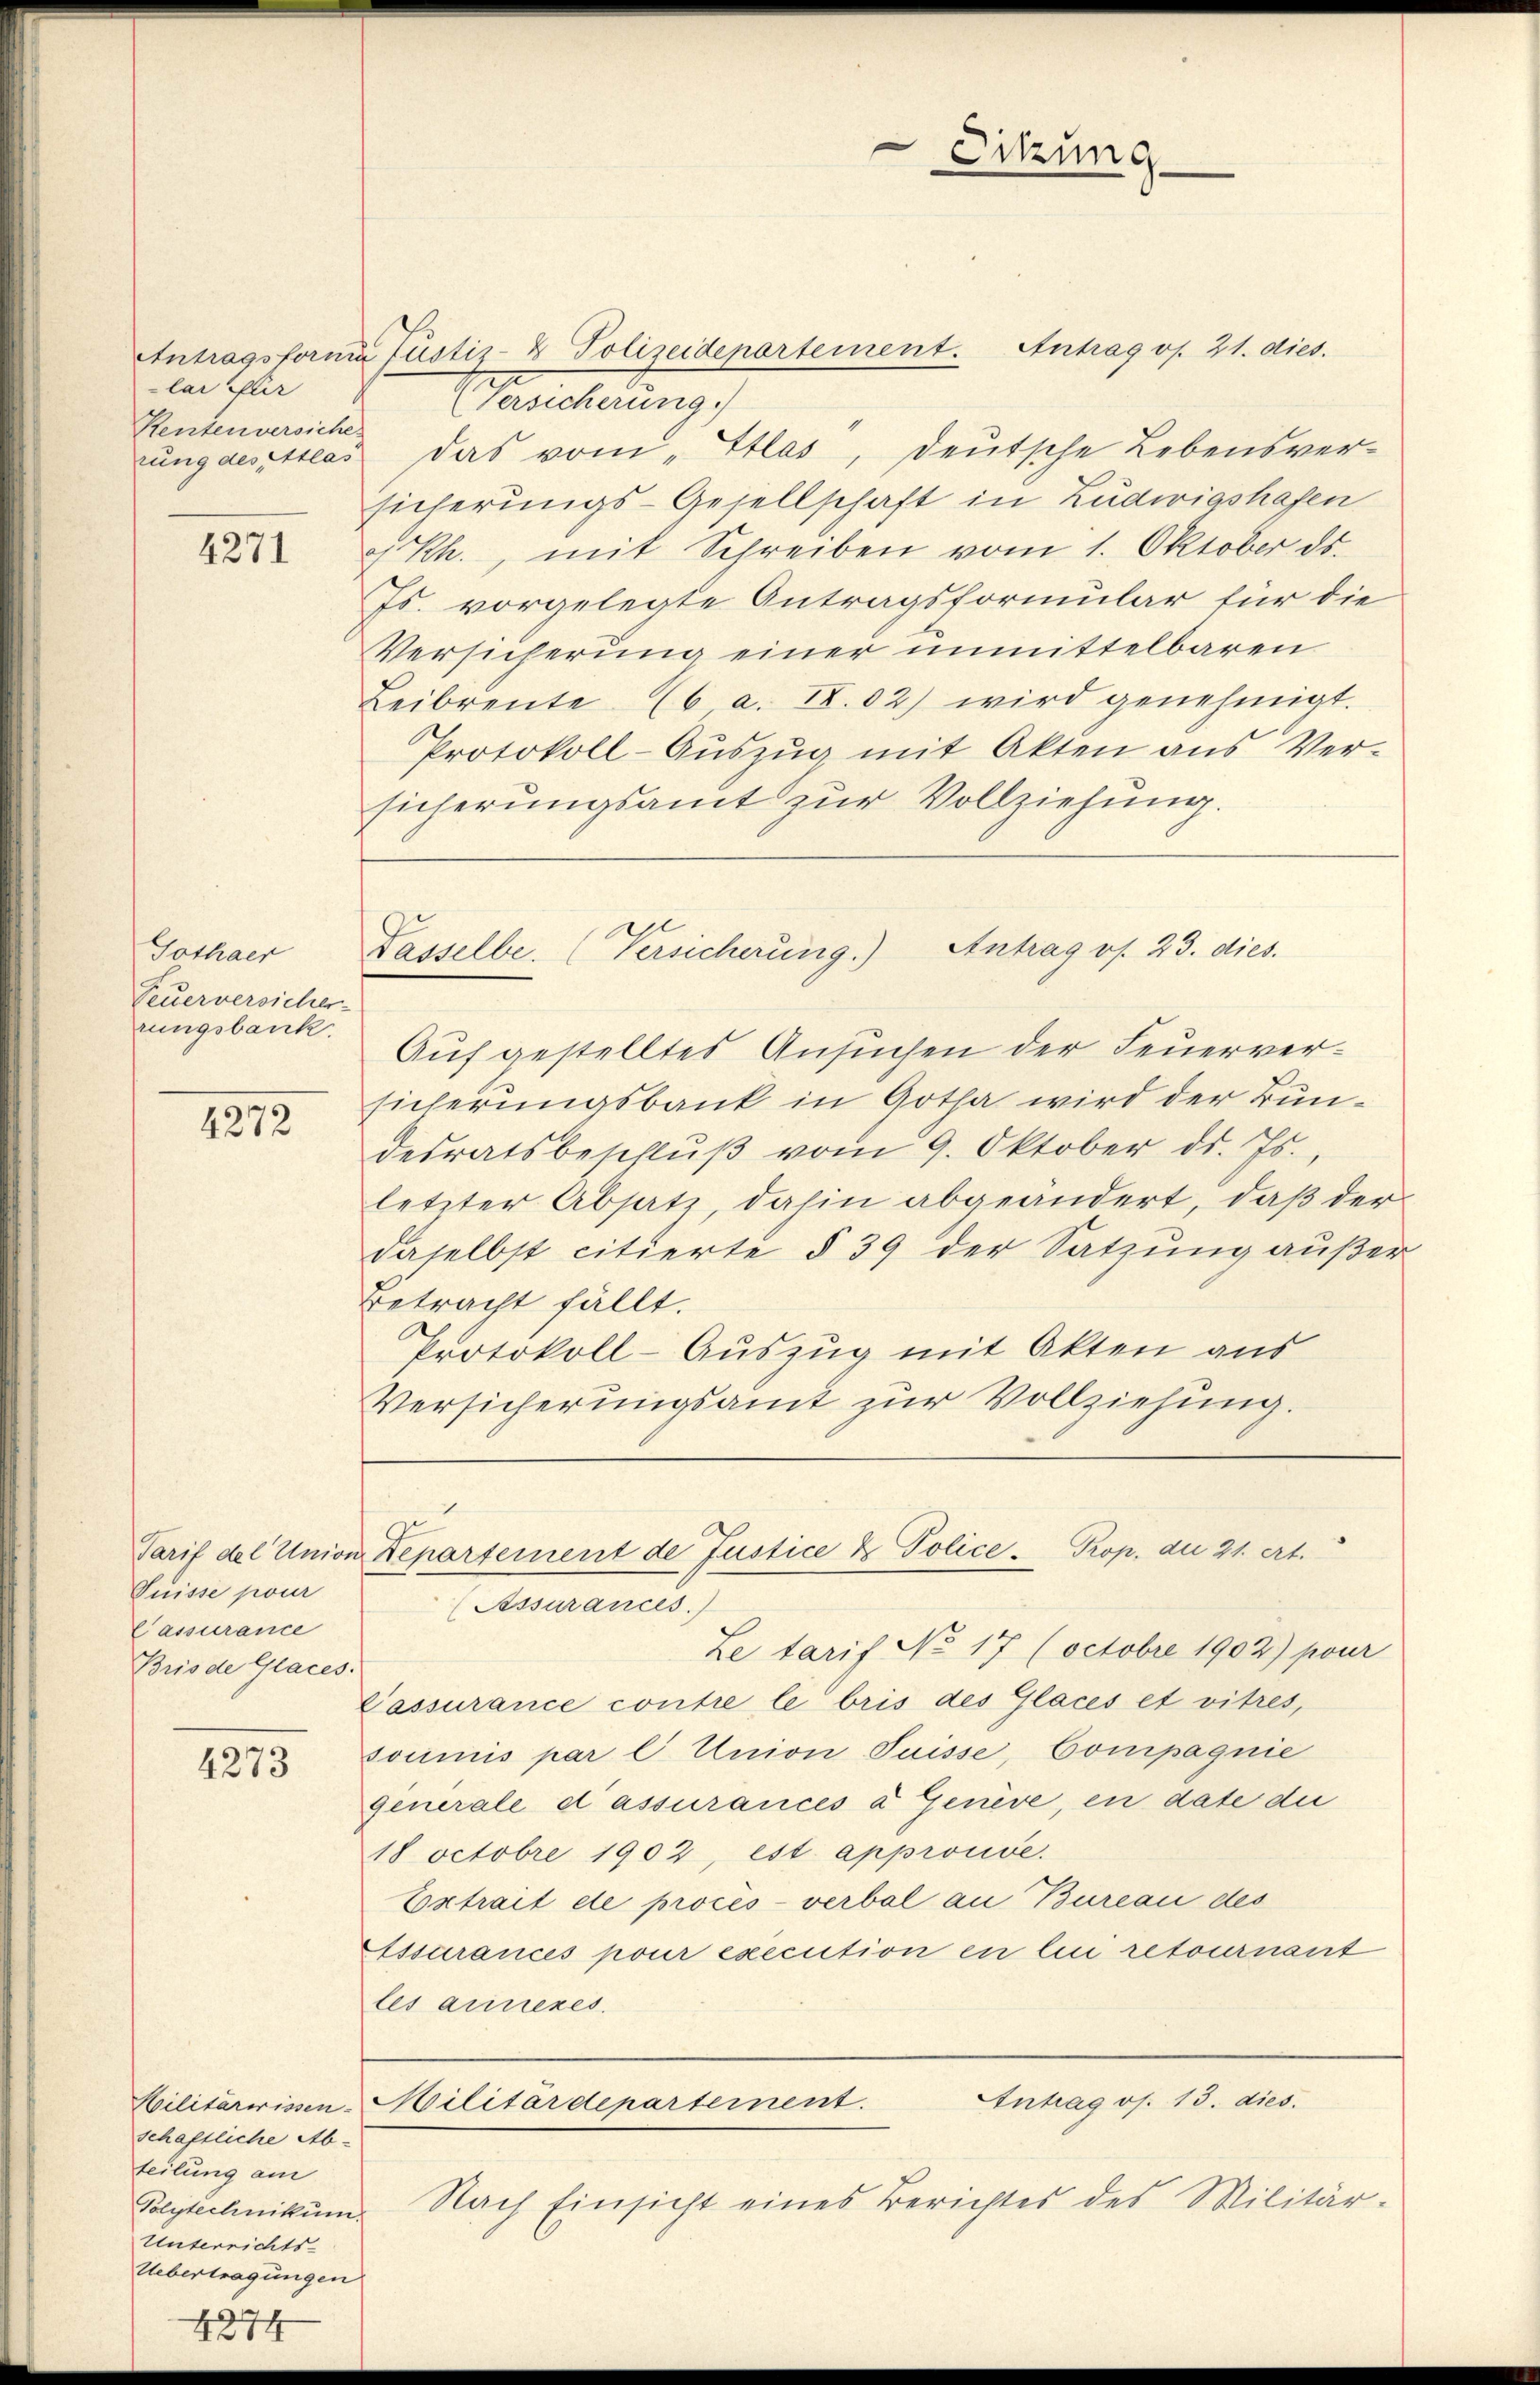
lar für
Kentenversiche

4271

Gothaer
Feuerversicher
rungsbank.

4272

Tarif der Union
Suisse pour
Cassurance
Briode Glaces.

4273

schaftliche Ab-
teilung am
Polytechnikum.
Unterrichts-
Uebertragungen
4

Antragsforma Justiz- & Polizeidepartement. Antrag v. 21. dies.
Gesicherung)
rung desstras das vom „Itlas, deutsche Lebensversicherungs-Gesellschaft in Ludwigshafen
Rh., mit Schreiben vom 1. Oktober ds.
Js. vorgelegte Antragsformular für die
Versicherung einer unmittelbaren
Leibrente 6 a. IX.02) wird genehmigt.
Protokoll-Auszug mit Akten aus Ver-
sicherungsamt zur Vollziehung.

Auf gestelltes Ansuchen der Feuerversicherungsbank in Gotha wird der Bundesratsbeschlŭβ vom 9. Oktober d. Js.,
letzter Absatz, dahin abgeändert, daß der
daselbst citierte § 39 der Satzung außer
Betracht fällt.
Protokoll-Auszug mit Akten aus
Versicherungsamt zur Vollziehung.

Sitzung

Passelbe. (Versicherung.) Antrag v. 23. dies.

Departement de Justice & Police- Prop. die 21. ert.
(Assurances.)

Le tarif No 17 (octobre 1902) pour
Passurance contre le bris des Glaces et vitres,
soumis par C Union- Suisse, Compagnie
generale d’assurancés à Genève, en date die
18 Octobre 1902, est approuve.
Extrait de procès-verbal an Bureau des
Essurances pour execution en lici retournant
les arrezes.
Antrag os. 13. dies.
Militärrissen Militärdepartement
Nach Einsicht eines Berichtes des Militär-